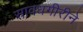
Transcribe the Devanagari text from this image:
सावधगीरीने